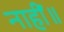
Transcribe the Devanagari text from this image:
नाहीं॥